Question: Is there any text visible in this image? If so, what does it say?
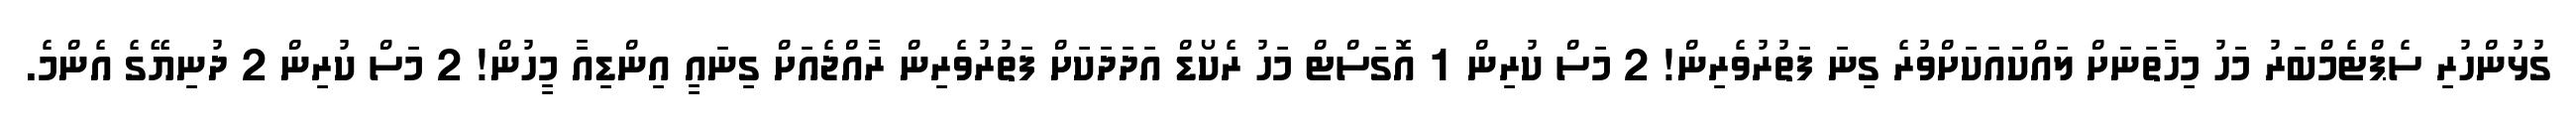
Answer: ގުޅުންހުރި ސެޕްޓެމްބަރު މަހު މިހާތަނަށް ލައްކައަކަށްވުރެ ގިނަ ފަތުރުވެރިން! 2 މަސް ކުރިން 1 އޮގަސްޓް މަހު ރެކޯޑް އަދަދަކަށް ފަތުރުވެރިން ރާއްޖެއަށް ގިނައީ އިންޑިއާ މީހުން! 2 މަސް ކުރިން 2 ދުނިޔޭގެ އެންމެ.